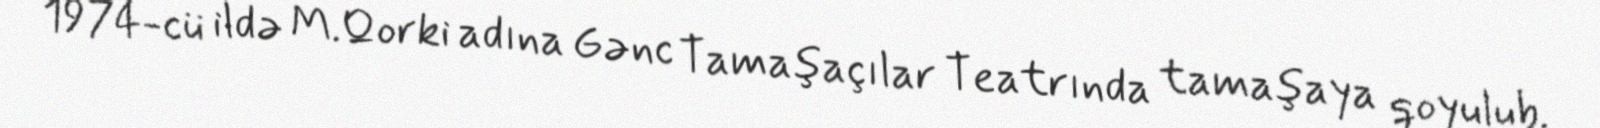
1974-cü ildə M.Qorki adına Gənc Tamaşaçılar Teatrında tamaşaya qoyulub.